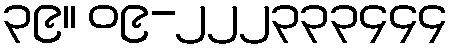
၃၉။ ၀၉-၂၂၂၃၃၃၄၄၄